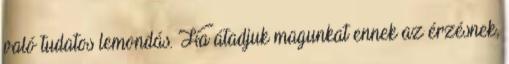
való tudatos lemondás. Ha átadjuk magunkat ennek az érzésnek,